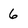
Character: 6